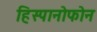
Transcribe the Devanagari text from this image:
हिस्पानोफोन